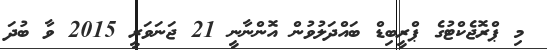
މި ޕްރޮޖެކްޓުގެ ޕްރީބިޑް ބައްދަލުވުން އޮންނާނީ 21 ޖަނަވަރީ 2015 ވާ ބުދަ